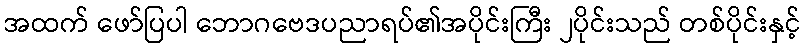
အထက် ဖော်ပြပါ ဘောဂဗေဒပညာရပ်၏အပိုင်းကြီး ၂ပိုင်းသည် တစ်ပိုင်းနှင့်